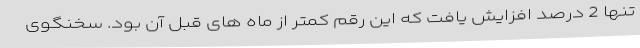
تنها 2 درصد افزایش یافت که این رقم کمتر از ماه های قبل آن بود. سخنگوی